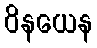
ဝိနယေန